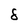
Character: 8